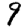
Digit: 9